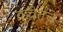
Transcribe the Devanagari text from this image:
कुवेतचे